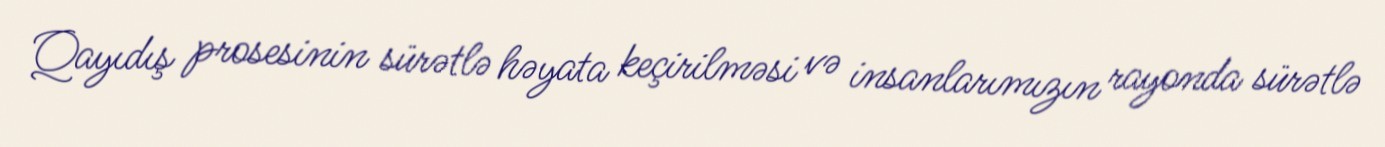
Qayıdış prosesinin sürətlə həyata keçirilməsi və insanlarımızın rayonda sürətlə